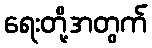
ရေးတို့အတွက်